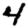
Digit: 4